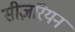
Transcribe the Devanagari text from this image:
सीज़रियन